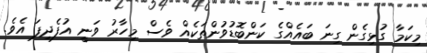
މިކަމާ ގުޅިގެން ގިނަ ބައެއްގެ ކަންބޮޑުވުންތަކެއް ވެސް މިހާރު ވަނީ އުފެދިފަ އެވެ.